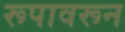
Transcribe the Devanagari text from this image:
रूपावरून